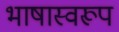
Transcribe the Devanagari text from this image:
भाषास्वरूप